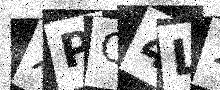
Text: XPQ4L1